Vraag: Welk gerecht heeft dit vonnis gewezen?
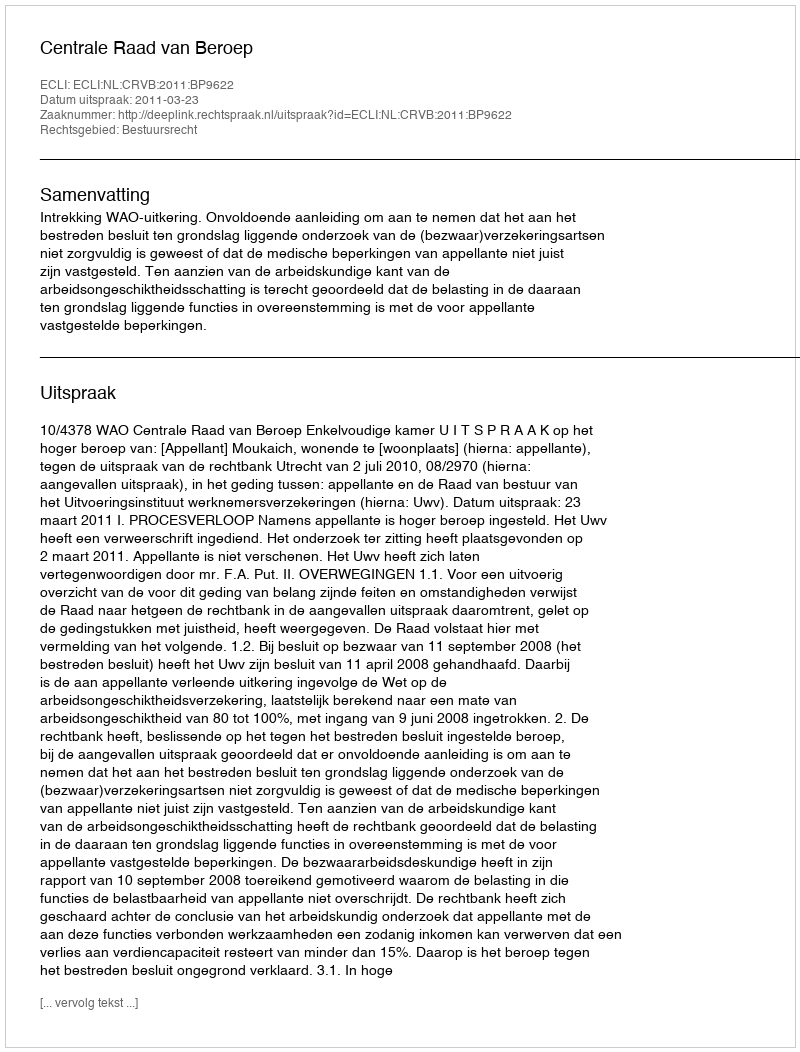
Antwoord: Centrale Raad van Beroep